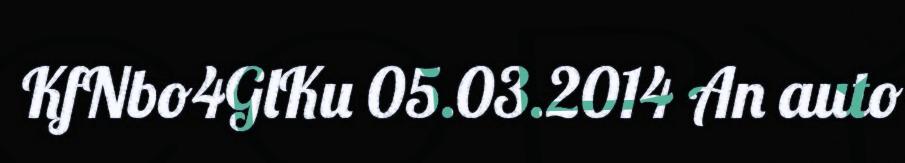
KfNbo4GlKu 05.03.2014 An auto